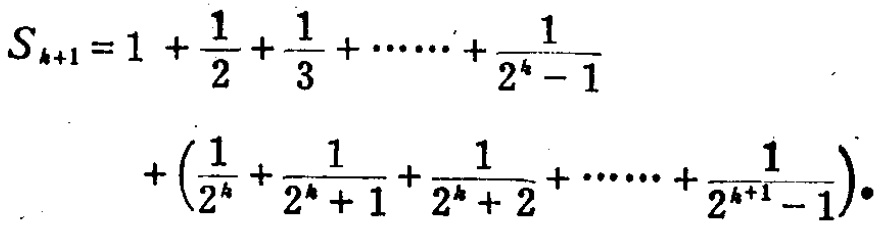
\[
\begin{align*}
S_{k + 1}&=1+\frac{1}{2}+\frac{1}{3}+\cdots+\frac{1}{2^{k}-1}\\
&+\left(\frac{1}{2^{k}}+\frac{1}{2^{k}+1}+\frac{1}{2^{k}+2}+\cdots+\frac{1}{2^{k + 1}-1}\right).
\end{align*}
\]